Indian journal of veterinary science and animal husbandry - Volume 5,
Year: 1935
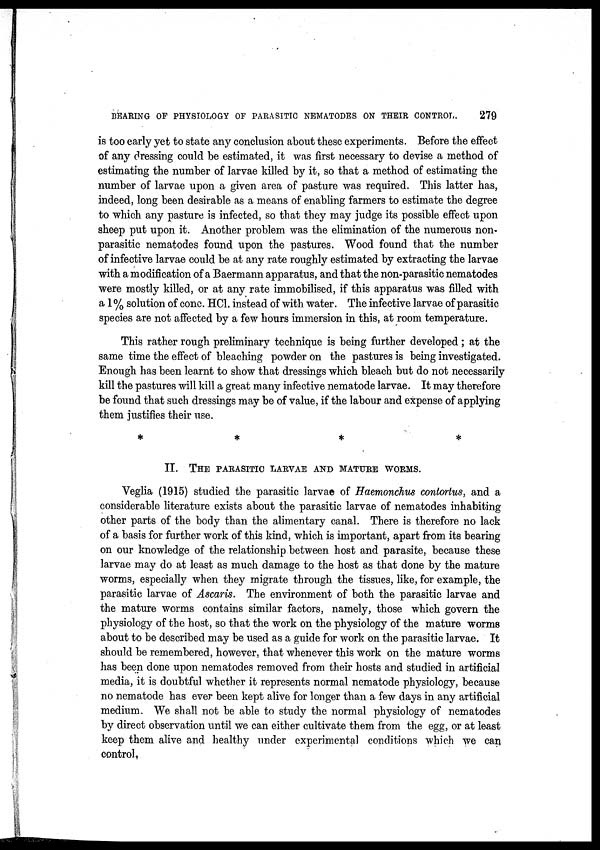
BEARING OF PHYSIOLOGY OF PARASITIC NEMATODES ON THEIR CONTROL.
279
is too early yet to state any conclusion about these experiments. Before the effect
of any dressing could be estimated, it was first necessary to devise a method of
estimating the number of larvae killed by it, so that a method of estimating the
number of larvae upon a given area of pasture was required. This latter has,
indeed, long been desirable as a means of enabling farmers to estimate the degree
to which any pasture is infected, so that they may judge its possible effect upon
sheep put upon it. Another problem was the elimination of the numerous non-
parasitic nematodes found upon the pastures. Wood found that the number
of infective larvae could be at any rate roughly estimated by extracting the larvae
with a modification of a Baermann apparatus, and that the non-parasitic nematodes
were mostly killed, or at any rate immobilised, if this apparatus was filled with
a 1 % solution of cone. HCl. instead of with water. The infective larvae of parasitic
species are not affected by a few hours immersion in this, at room temperature.
This rather rough preliminary technique is being further developed; at the
same time the effect of bleaching powder on the pastures is being investigated.
Enough has been learnt to show that dressings which bleach but do not necessarily
kill the pastures will kill a great many infective nematode larvae. It may therefore
be found that such dressings may be of value, if the labour and expense of applying
them justifies their use.
*
*
*
*
II. THE PARASITIC LARVAE AND MATURE WORMS.
Veglia (1915) studied the parasitic larvao of Haemonchus contortus, and a
considerable literature exists about the parasitic larvae of nematodes inhabiting
other parts of the body than the alimentary canal. There is therefore no lack
of a basis for further work of this kind, which is important, apart from its bearing
on our knowledge of the relationship between host and parasite, because these
larvae may do at least as much damage to the host as that done by the mature
worms, especially when they migrate through the tissues, like, for example, the
parasitic larvae of Ascaris. The environment of both the parasitic larvae and
the mature worms contains similar factors, namely, those which govern the
physiology of the host, so that the work on the physiology of the mature worms
about to be described may be used as a guide for work on the parasitic larvae. It
should be remembered, however, that whenever this work on the mature worms
has been done upon nematodes removed from their hosts and studied in artificial
media, it is doubtful whether it represents normal nematode physiology, because
no nematode has ever been kept alive for longer than a few days in any artificial
medium. We shall not be able to study the normal physiology of nematodes
by direct observation until we can either cultivate them from the egg, or at least
keep them alive and healthy under experimental conditions which we can
control.